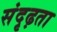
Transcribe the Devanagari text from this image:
संदृढ़ता